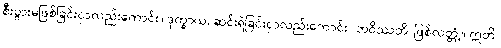
စီးပွားမဖြစ်ခြင်းငှာလည်းကောင်း။ ဒုက္ခာယ၊ ဆင်းရဲခြင်းငှာလည်းကောင်း။ ဘဝိဿတိ၊ ဖြစ်လတ္တံ့။ ဣတိ၊